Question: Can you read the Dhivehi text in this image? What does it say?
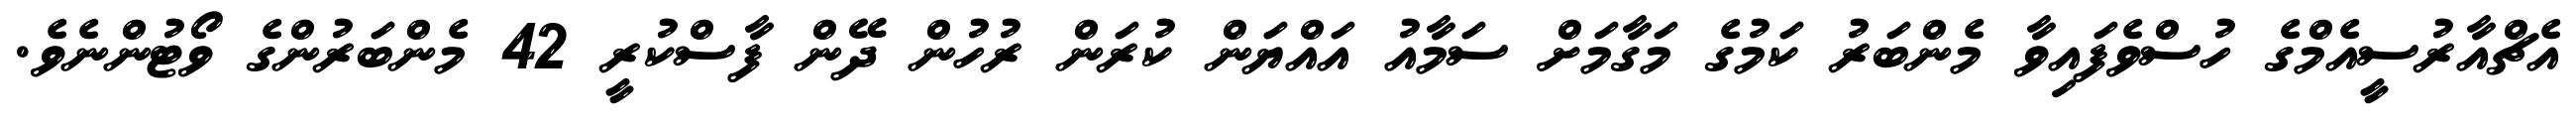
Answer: އެޗްއާރުސީއެމްގެ ހުސްވެފައިވާ މެންބަރު ކަމުގެ މަގާމަށް ސަމާއު އައްޔަން ކުރަން ރުހުން ދޭން ފާސްކުރީ 42 މެންބަރުންގެ ވޯޓުންނެވެ.